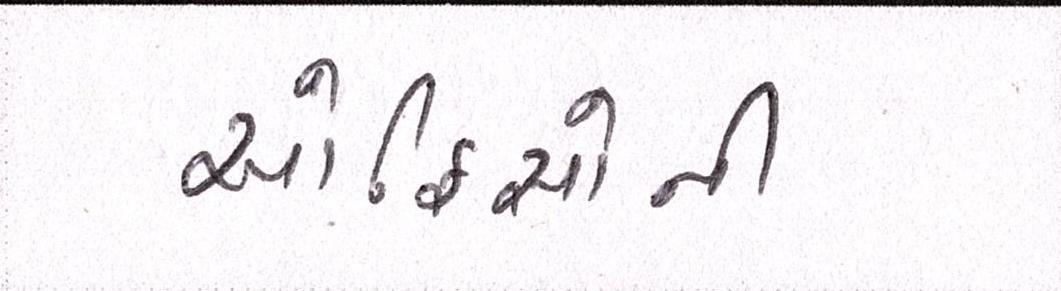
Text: ઓફિસોની